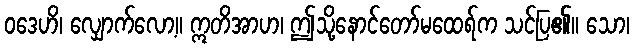
ဝဒေဟိ၊ လျှောက်လော့။ ဣတိအာဟ၊ ဤသို့နောင်တော်မထေရ်က သင်ပြ၏။ သော၊